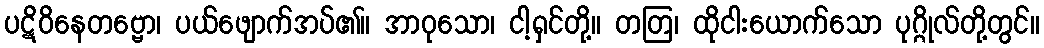
ပဋိဝိနေတဗ္ဗော၊ ပယ်ဖျောက်အပ်၏။ အာဝုသော၊ ငါ့ရှင်တို့။ တတြ၊ ထိုငါးယောက်သော ပုဂ္ဂိုလ်တို့တွင်။